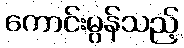
ကောင်းမွန်သည့်